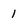
Character: 1